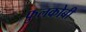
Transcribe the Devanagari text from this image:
फुलकोबी